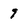
Character: 9